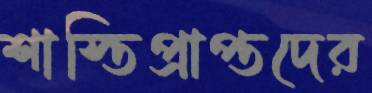
শাস্তিপ্রাপ্তদের